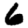
Digit: 6